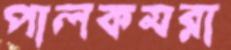
পালকমরা